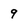
Character: 9